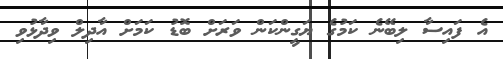
އެ ފައިސާ ލިބޭނެ ކަމުގެ ޔަގީންކަން ވަރަށް ބޮޑު ކަމަށް އާދިލް ވިދާޅުވި